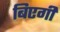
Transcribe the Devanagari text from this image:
बिएगी